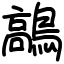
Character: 鶮